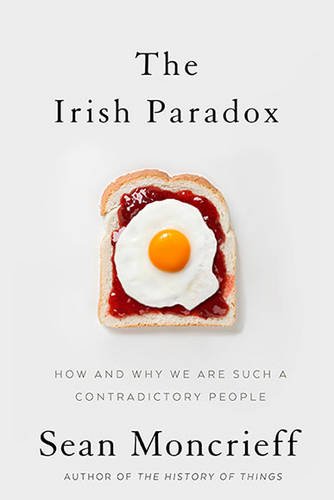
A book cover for The Irish Paradox: How and Why We are Such a Contradictory People; Sean Moncrieff; Biographies & Memoirs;